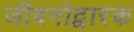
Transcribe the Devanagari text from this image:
जीवनोद्वारक